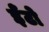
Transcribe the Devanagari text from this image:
ईँटो